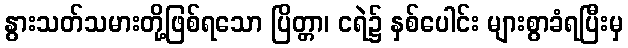
နွားသတ်သမားတို့ဖြစ်ရသော ပြိတ္တာ၊ ငရဲ၌ နှစ်ပေါင်း များစွာခံရပြီးမှ